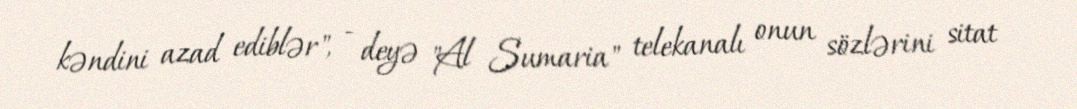
kəndini azad ediblər", - deyə "Al Sumaria" telekanalı onun sözlərini sitat